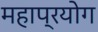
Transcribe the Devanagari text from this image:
महाप्रयोग